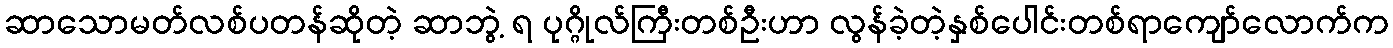
ဆာသောမတ်လစ်ပတန်ဆိုတဲ့ ဆာဘွဲ့ ရ ပုဂ္ဂိုလ်ကြီးတစ်ဦးဟာ လွန်ခဲ့တဲ့နှစ်ပေါင်းတစ်ရာကျော်လောက်က